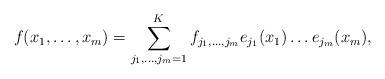
LaTeX: \begin{align*}f(x_1,\ldots,x_m) = \sum_{j_1,\ldots,j_m=1}^K f_{j_1,\ldots,j_m}e_{j_1}(x_1)\ldots e_{j_m}(x_m),\end{align*}